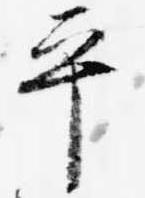
平